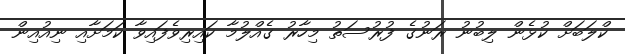
ކްލަބަށް ކުޅެން ލިބުނު ރަނުގެ ފުރުސަތު މިހާރު ގެއްލުމާ ކައިރިވެފައިވާ ކަމަށާއި ނިއުއިން